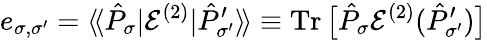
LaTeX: e_{\sigma,\sigma^{\prime}}=\langle\! \langle\hat{P}_{\sigma}|\mathcal{E}^{(2)}|\hat{P}_{\sigma^{\prime}}^{\prime}\rangle\! \rangle\equiv\operatorname{Tr}\big[\hat{P}_{\sigma}\mathcal{E}^{(2)}(\hat{P}_{\sigma^{\prime}}^{\prime})\big]